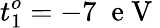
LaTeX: t_{1}^{o}=-7\; \mathrm{~e~V~}